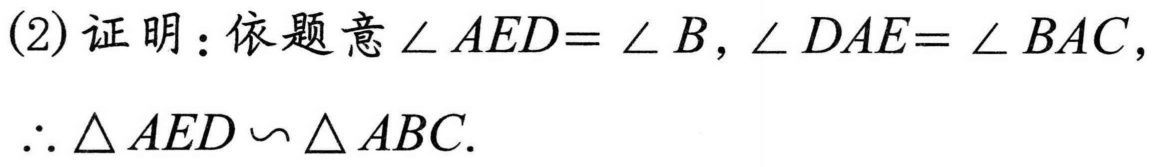
(2)证明：依题意$\angle AED = \angle B, \angle DAE = \angle BAC,$
$\therefore \triangle AED \backsim \triangle ABC.$